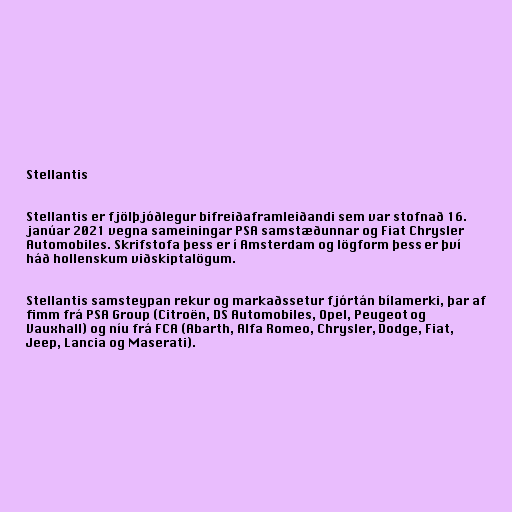
Stellantis

Stellantis er fjölþjóðlegur bifreiðaframleiðandi sem var stofnað 16.
janúar 2021 vegna sameiningar PSA samstæðunnar og Fiat Chrysler
Automobiles. Skrifstofa þess er í Amsterdam og lögform þess er því
háð hollenskum viðskiptalögum.

Stellantis samsteypan rekur og markaðssetur fjórtán bílamerki, þar af
fimm frá PSA Group (Citroën, DS Automobiles, Opel, Peugeot og
Vauxhall) og níu frá FCA (Abarth, Alfa Romeo, Chrysler, Dodge, Fiat,
Jeep, Lancia og Maserati).